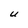
Character: U